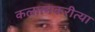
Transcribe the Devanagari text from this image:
कलात्मकरीत्या